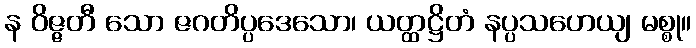
န ဝိဇ္ဇတီ သော ဇဂတိပ္ပဒေသော၊ ယတ္ထဋ္ဌိတံ နပ္ပသဟေယျ မစ္စု။